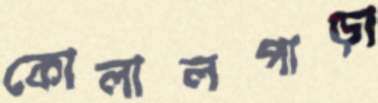
কোলালপাড়া